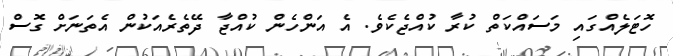
ހޮޓަލެެއްގައި މަސައްކަތް ކުރާ ކުއްޖެކެވެ. އެ އަންހެން ކުއްޖާ ދޭތެރެއަކުން އެތަނަށް ގޮސް